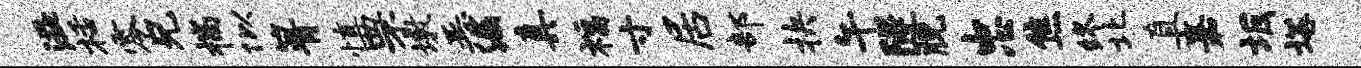
溢栝零兄揣似箐慎罘墩恶漏真福寸居部抉午隧脱忠焦终北直嘉坂塔